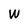
Character: W